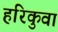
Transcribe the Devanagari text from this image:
हरिकुवा